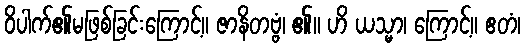
ဝိပါက်၏မဖြစ်ခြင်းကြောင့်။ ဇာနိတဗ္ဗံ၊ ၏။ ဟိ ယသ္မာ၊ ကြောင့်။ ဧတံ၊